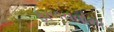
ફાળવવામા